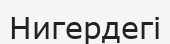
Нигердегі